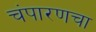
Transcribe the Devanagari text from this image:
चंपारणचा